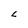
Character: L